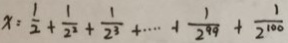
x = \frac { 1 } { 2 } + \frac { 1 } { 2 ^ { 2 } } + \frac { 1 } { 2 ^ { 3 } } + \cdots + \frac { 1 } { 2 ^ { 9 9 } } + \frac { 1 } { 2 ^ { 1 0 0 } }